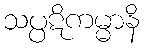
သပ္ပဋိကမ္မာနိ